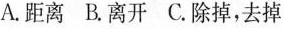
A.距离B.离开C.除掉，去掉